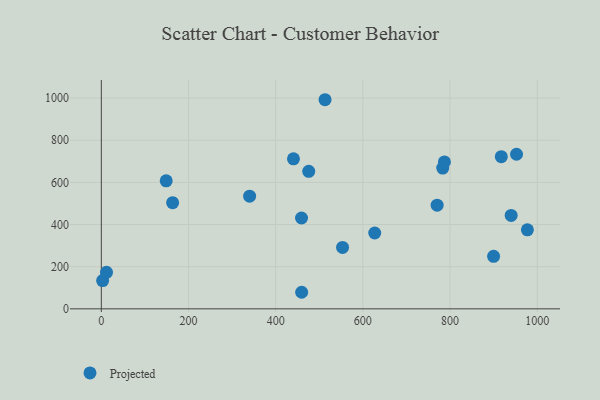
{"axis": {"x": "Ad Spend", "y": "Profit"}, "legend": ["Projected"], "data": [{"x": "459.3", "y": 431.1, "type": "Projected"}, {"x": "899.9", "y": 249.1, "type": "Projected"}, {"x": "627.2", "y": 359.9, "type": "Projected"}, {"x": "787.1", "y": 697.1, "type": "Projected"}, {"x": "977.4", "y": 375.0, "type": "Projected"}, {"x": "952.5", "y": 733.7, "type": "Projected"}, {"x": "340.2", "y": 534.8, "type": "Projected"}, {"x": "3.0", "y": 134.0, "type": "Projected"}, {"x": "770.4", "y": 492.2, "type": "Projected"}, {"x": "917.6", "y": 722.3, "type": "Projected"}, {"x": "148.8", "y": 607.8, "type": "Projected"}, {"x": "783.2", "y": 668.3, "type": "Projected"}, {"x": "553.4", "y": 291.4, "type": "Projected"}, {"x": "475.8", "y": 652.9, "type": "Projected"}, {"x": "11.9", "y": 173.2, "type": "Projected"}, {"x": "513.2", "y": 992.5, "type": "Projected"}, {"x": "440.8", "y": 711.8, "type": "Projected"}, {"x": "940.2", "y": 443.5, "type": "Projected"}, {"x": "459.6", "y": 78.6, "type": "Projected"}, {"x": "163.6", "y": 504.1, "type": "Projected"}]}